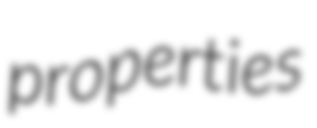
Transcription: properties